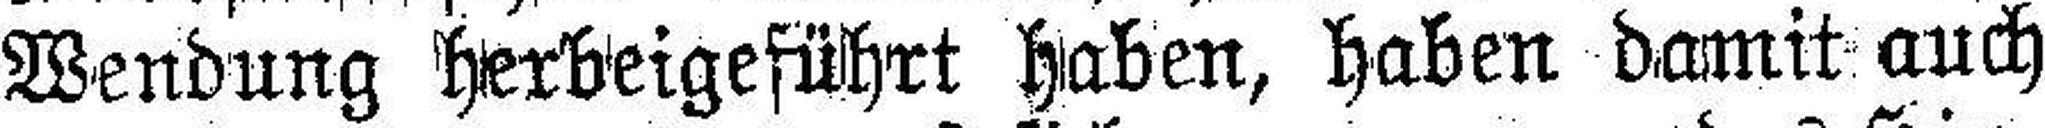
Wendung herbeigeführt haben, haben damit auch